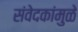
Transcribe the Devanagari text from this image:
संवेदकांमुळे